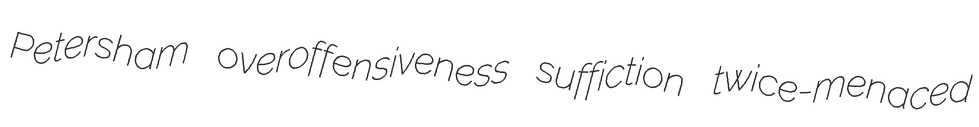
Petersham overoffensiveness suffiction twice-menaced